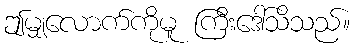
ဤမျှလောက်ကိုမူ ကြီးဒေါ်သိသည်။